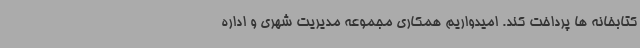
کتابخانه ها پرداخت کند. امیدواریم همکاری مجموعه مدیریت شهری و اداره